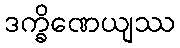
ဒက္ခိဏေယျဿ